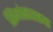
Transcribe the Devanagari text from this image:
शिंगांसारख्या